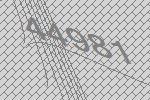
44981